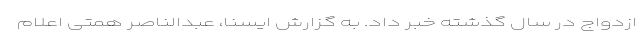
ازدواج در سال گذشته خبر داد. به گزارش ایسنا، عبدالناصر همتی اعلام